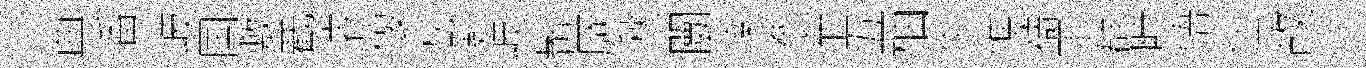
典番岐国敷嶻濬偃桃黔岐髯厥湫闤楽拳窄五柚牛憔禱軍群畤悟仕故